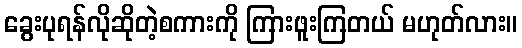
ခွေးပုရန်လိုဆိုတဲ့စကားကို ကြားဖူးကြတယ် မဟုတ်လား။